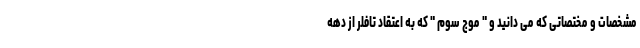
مشخصات و مختصاتی که می دانید و " موج سوم " که به اعتقاد تافلر از دهه